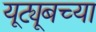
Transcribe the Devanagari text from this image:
यूट्यूबच्या